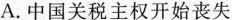
A.中国关税主权开始丧失